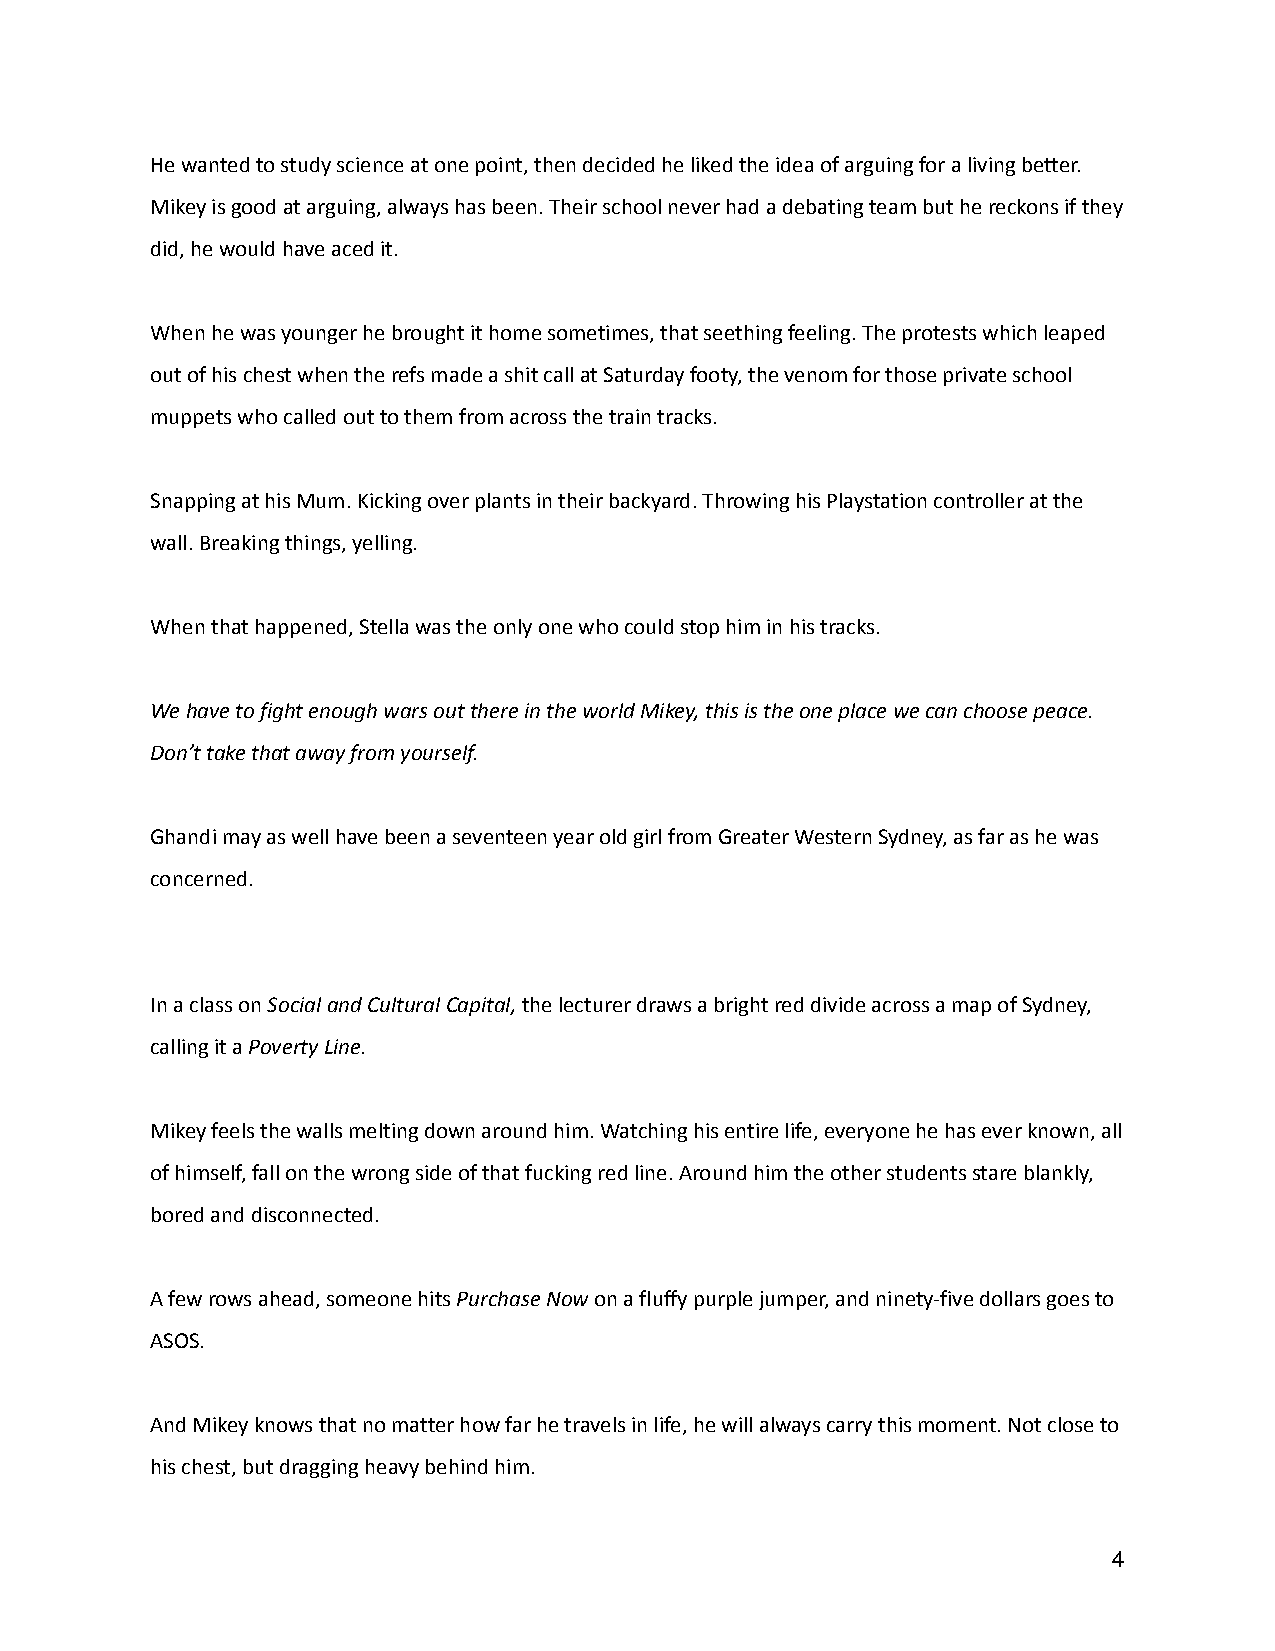
He wanted to study science at one point, then decided he liked the idea of arguing for a living better.
 Mikey is good at arguing, always has been. Their schoolnever had a debating team but he reckons if they
 did, he would have aced it.
 When he was younger he brought it home sometimes,that seething feeling. The protests which leaped
 out of his chest when the refs made a shit call atSaturday footy, the venom for those private school
 muppets who called out to them from across the traintracks.
 Snapping at his Mum. Kicking over plants in theirbackyard. Throwing his Playstation controller at the
 wall. Breaking things, yelling.
 When that happened, Stella was the only one who couldstop him in his tracks.
 We have to fight enough wars out there in the worldMikey, this is the one place we can choose peace.
 Don’t take that away from yourself.
 Ghandi may as well have been a seventeen year oldgirl from Greater Western Sydney, as far as he was
 concerned.
 In a class onSocial and Cultural Capital,the lecturerdraws a bright red divide across a map of Sydney,
 calling it aPoverty Line.
 Mikey feels the walls melting down around him. Watchinghis entire life, everyone he has ever known, all
 of himself, fall on the wrong side of that fuckingred line. Around him the other students stare blankly,
 bored and disconnected.
 A few rows ahead, someone hitsPurchase Nowon a fluffypurple jumper, and ninety-five dollars goes to
 ASOS.
 And Mikey knows that no matter how far he travelsin life, he will always carry this moment. Not closeto
 his chest, but dragging heavy behind him.
 4